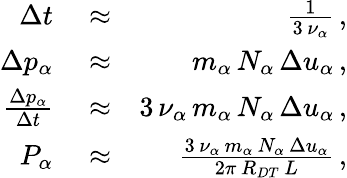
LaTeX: \begin{array}{rlr}{\Delta t}&{{}\approx}&{\frac{1}{3\, \nu_{\alpha}}\, ,}\\ {\Delta p_{\alpha}}&{{}\approx}&{m_{\alpha}\, N_{\alpha}\, \Delta u_{\alpha}\, ,}\\ {\frac{\Delta p_{\alpha}}{\Delta t}}&{{}\approx}&{3\, \nu_{\alpha}\, m_{\alpha}\, N_{\alpha}\, \Delta u_{\alpha}\, ,}\\ {P_{\alpha}}&{{}\approx}&{\frac{3\, \nu_{\alpha}\, m_{\alpha}\, N_{\alpha}\, \Delta u_{\alpha}}{2\pi\, R_{DT}\, L}\, ,}\end{array}